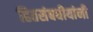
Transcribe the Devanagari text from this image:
हितसंबधीयांनी